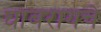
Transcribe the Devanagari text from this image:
घाबरायचे